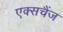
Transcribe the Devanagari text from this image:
एक्सचैंज